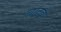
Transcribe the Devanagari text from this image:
चाटवे